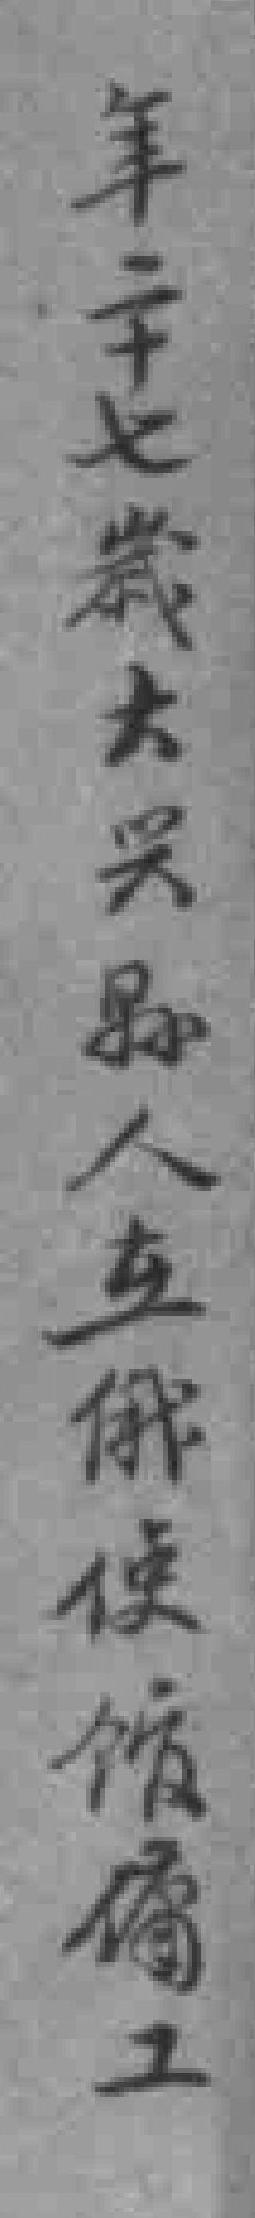
年二十七歲大兴縣人在俄使馆傭工